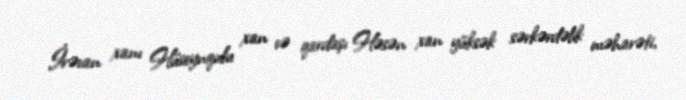
İrəvan xanı Hüseynqulu xan və qardaşı Həsən xan yüksək sərkərdəlik məharəti,